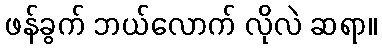
ဖန်ခွက် ဘယ်လောက် လိုလဲ ဆရာ။